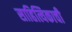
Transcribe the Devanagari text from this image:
साहित्यिकाची